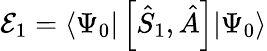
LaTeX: \mathcal{E}_{1}=\langle\Psi_{0}|\left[\hat{S}_{1},\hat{A}\right]|\Psi_{0}\rangle